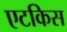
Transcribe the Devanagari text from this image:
एटकिस